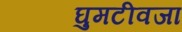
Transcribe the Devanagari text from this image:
घुमटीवजा